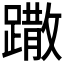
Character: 𨅖